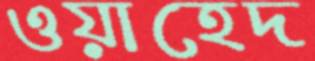
ওয়াহেদ